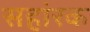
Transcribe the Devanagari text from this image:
सहांरक